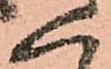
く